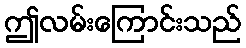
ဤလမ်းကြောင်းသည်